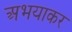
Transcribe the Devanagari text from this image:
अभयाकर